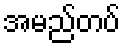
အမည်တပ်